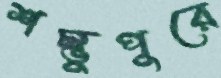
শম্ভুপুরে